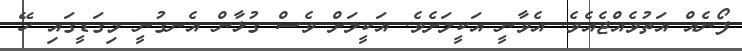
ފޯނެއް އަތުވެއްޖެއެވެ. އެވާނީ އަކީލަށެވެ. އަކީލަށް ވެސް ގުޅާން އެނގުނީ މިގަޑީގައި ހޭ